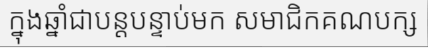
ក្នុងឆ្នាំជាបន្តបន្ទាប់មក សមាជិកគណបក្ស